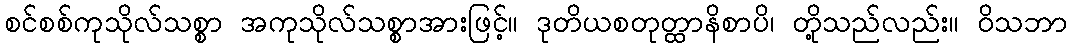
စင်စစ်ကုသိုလ်သစ္စာ အကုသိုလ်သစ္စာအားဖြင့်။ ဒုတိယစတုတ္ထာနိစာပိ၊ တို့သည်လည်း။ ဝိသဘာ